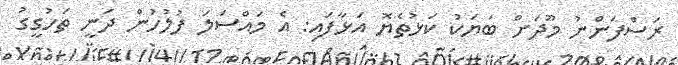
ރަސްފަންނު މޫދަށް ބަޔަކު ކަޅުތެޔޮ އަޅާފައި: އެ މައްސަލަ ފުލުހުން ދަނީ ތަހުގީގު